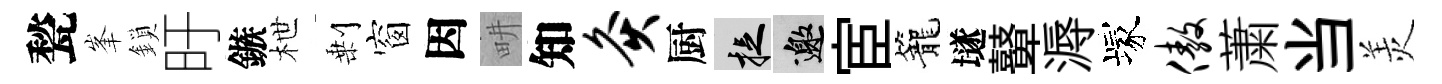
甃峯鎖旴鏃枻剰窗因畊知灸厨捉邀宦籠𡑞鼙溽塚傲䔥当羙